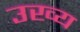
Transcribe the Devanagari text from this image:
उख्य